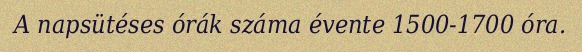
A napsütéses órák száma évente 1500-1700 óra.